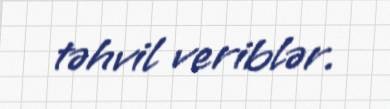
təhvil veriblər.